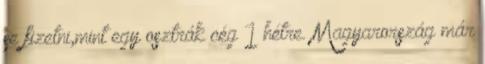
se fizetni,mint egy osztrák cég 1 hétre. Magyarország már